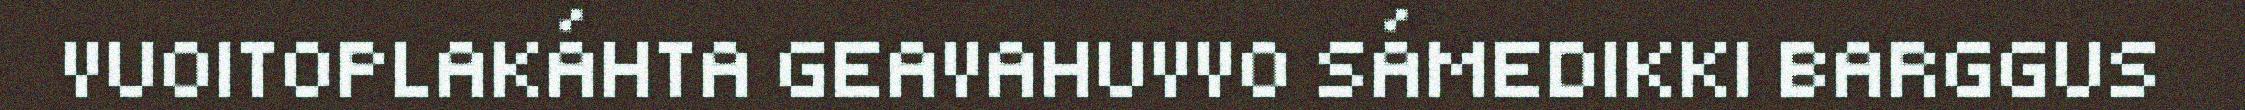
VUOITOPLAKÁHTA GEAVAHUVVO SÁMEDIKKI BARGGUS